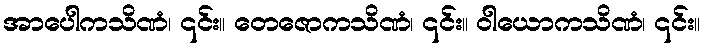
အာပေါကသိဏံ၊ ၎င်း။ တေဇောကသိဏံ၊ ၎င်း။ ဝါယောကသိဏံ၊ ၎င်း။